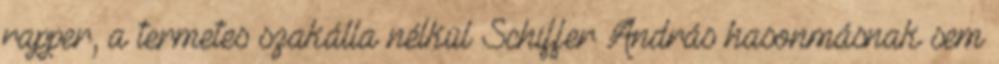
rapper, a termetes szakálla nélkül Schiffer András hasonmásnak sem